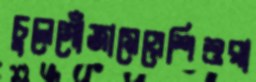
চুলেগোঁজামেয়েশিশুরা